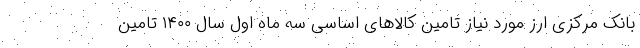
بانک مرکزی ارز مورد نیاز تامین کالاهای اساسی سه ماه اول سال ۱۴۰۰ تامین